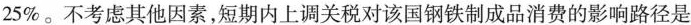
25%。不考虑其他因素，短期内上调关税对该国钢铁制成品消费的影响路径是